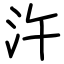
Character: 汻